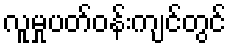
လူမှုပတ်ဝန်းကျင်တွင်